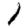
Digit: 1